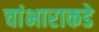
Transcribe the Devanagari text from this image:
चांभाराकडे